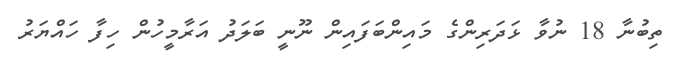
ތިބުނާ 18 ނުވާ ޅަދަރިންގެ މައިންބަފައިން ނޫނީ ބަލަދު އަރާމީހުން ހިފާ ހައްޔަރު